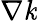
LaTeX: {\nabla\mathit{k}}